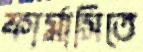
ফার্মাসিতে